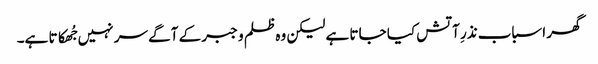
گھر اسباب نذرِ آتش کیا جاتا ہے لیکن وہ ظلم و جبر کے آگے سر نہیں جُھکاتا ہے۔